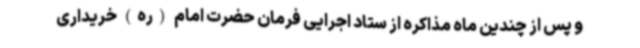
و پس از چندین ماه مذاکره از ستاد اجرایی فرمان حضرت امام (ره) خریداری